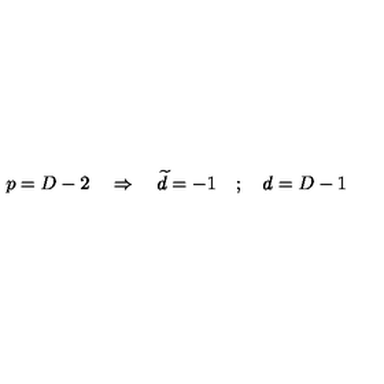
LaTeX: p = D - 2 \quad \Rightarrow \quad \widetilde { d } = - 1 \quad ; \quad d = D - 1